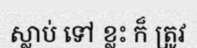
ស្លាប់ ទៅ ខ្លះ ក៏ ត្រូវ